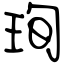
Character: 珣